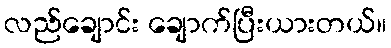
လည်ချောင်း ချောက်ပြီးယားတယ်။